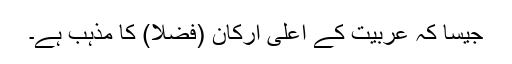
جیسا کہ عربیت کے اعلی ارکان (فضلا) کا مذہب ہے۔